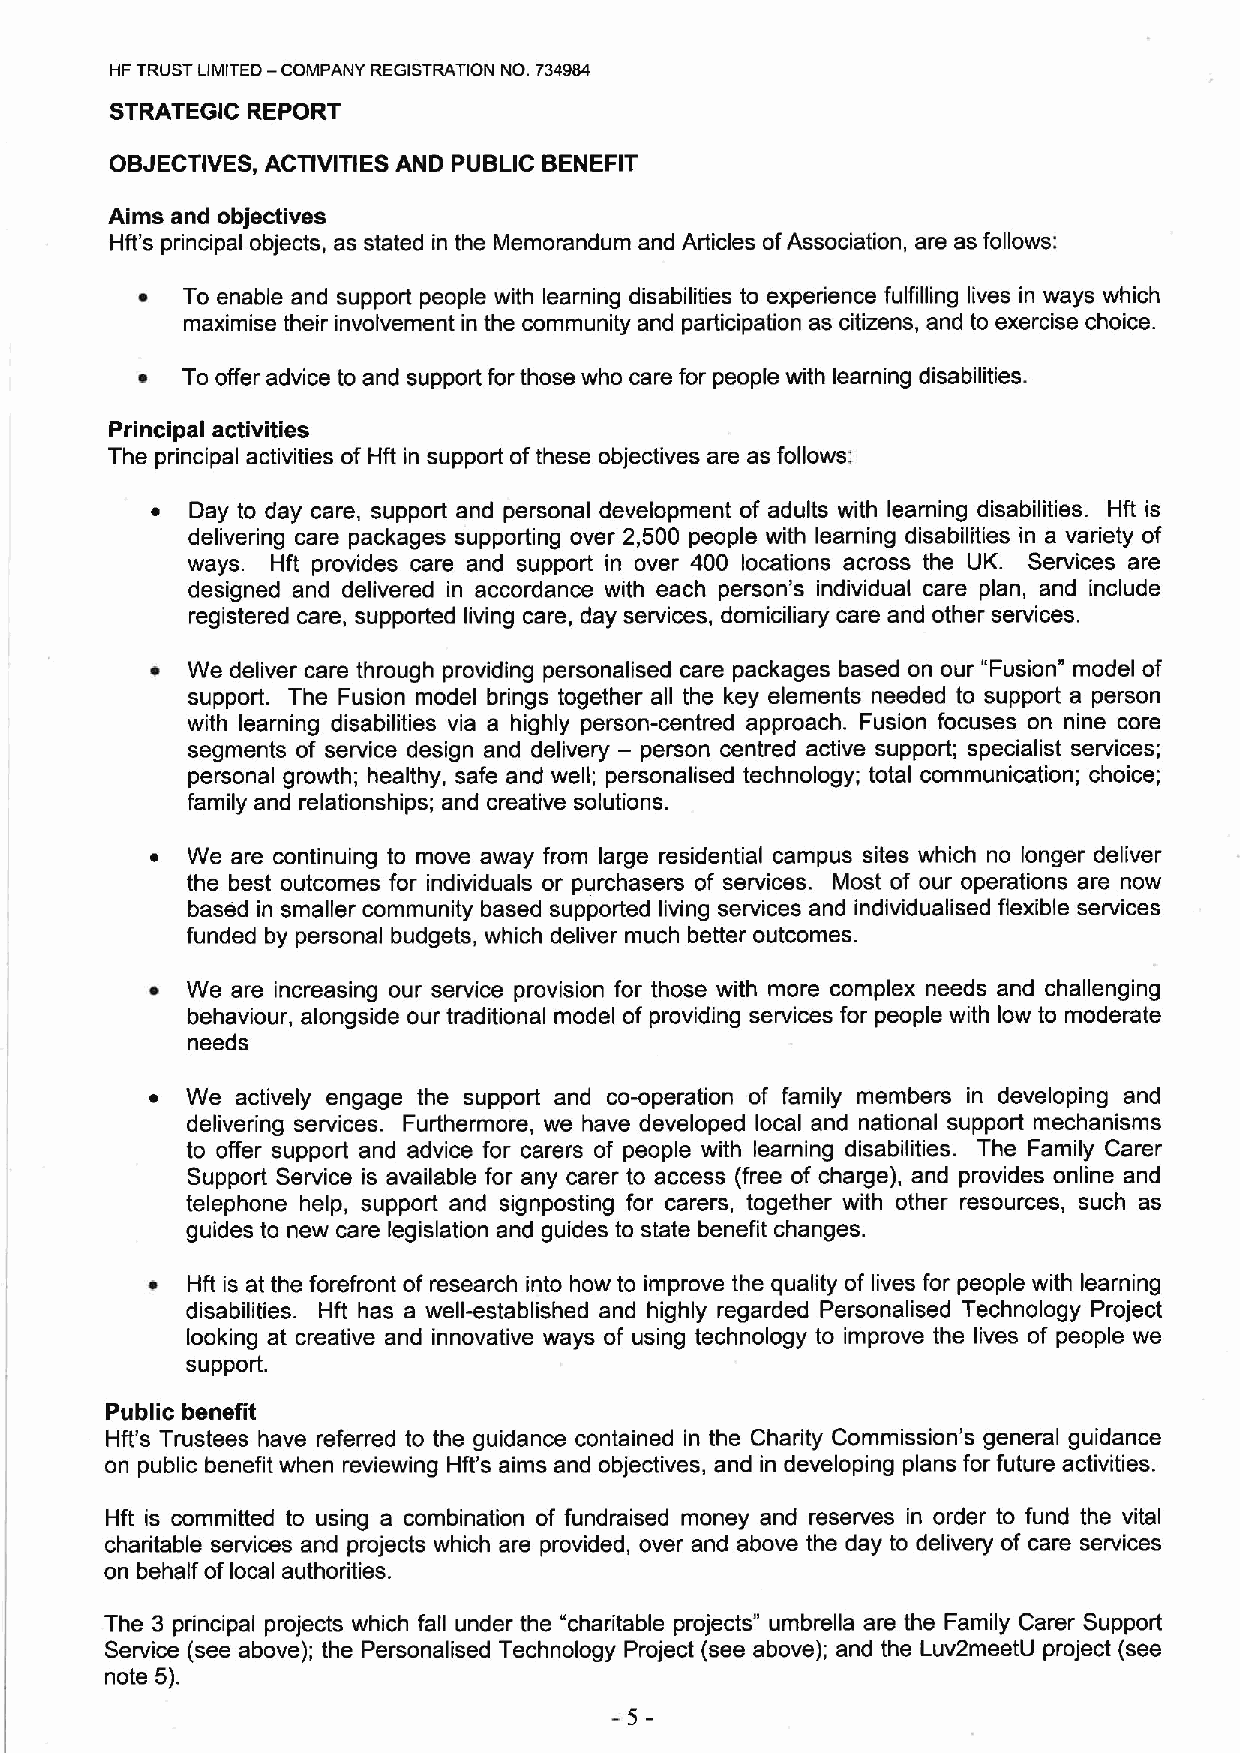
NF TRUST LIMITED —COMPANY REGISTRATION NO. 734984
 STRATEGIC REPORT
 OBJECTIVES, ACTIVITIES AND PUBLIC BENEFIT
 Aims and objectives
 Hft's principal objects, as stated in the Memorandum and Articles ofAssociation, are as follows:
 ~  To enable and support people with learning disabilities to experience fulfilling lives in ways which
 maximise their involvement in the community and participation as citizens, and to exercise choice.
 ~  To offer advice to and support for those who care for people with learning disabilities.
 Principal activities
 The principal activities of Hft in support ofthese objectives are as follows:
 ~  Day to day care, support and personal development of adults with learning disabilities. Hft is
 delivering care packages supporting over 2,500 people with learning disabilities in a variety of
 ways. Hft provides care and support in over 400 locations across the UK. Services are
 designed and delivered in accordance with each person's individual care plan, and include
 registered care, supported living care, day services, domiciliary care and other services.
 ~ We deliver care through providing personalised care packages based on our "Fusion" model of
 support. The Fusion model brings together all the key elements needed to support a person
 with learning disabilities via a highly person-centred approach. Fusion focuses on nine core
 segments of service design and delivery — person centred active support; specialist services;
 personal growth; healthy, safe and well; personalised technology; total communication; choice;
 family and relationships; and creative solutions.
 ~ We are continuing to move away from large residential campus sites which no longer deliver
 the best outcomes for individuals or purchasers of services. Most of our operations are now
 based in smaller community based supported living services and individualised flexible services
 funded by personal budgets, which deliver much better outcomes.
 ~ We are increasing our service provision for those with more complex needs and challenging
 behaviour, alongside our traditional model of providing services for people with low to moderate
 needs
 ~ We  actively engage the support and co-operation of family members in developing and
 delivering services. Furthermore, we have developed local and national support mechanisms
 to offer support and advice for carers of people with learning disabilities. The Family Carer
 Support Service is available for any carer to access (free of charge), and provides online and
 telephone help, support and signposting for carers, together with other resources, such as
 guides to new care legislation and guides to state benefit changes.
 4 Hft is at the forefront of research into how to improve the quality of lives for people with learning
 disabilities. Hft has a well-established and highly regarded Personalised Technology Project
 looking at creative and innovative ways of using technology to improve the lives of people we
 support.
 Public benefit
 Hft's Trustees have referred to the guidance contained in the Charity Commission's general guidance
 on public benefit when reviewing Hft's aims and objectives, and in developing plans for future activities.
 Hft is committed to using a combination of fundraised money and reserves in order to fund the vital
 charitable services and projects which are provided, over and above the day to delivery of care services
 on behalf of local authorities.
 The 3 principal projects which fall under the "charitable projects" umbrella are the Family Carer Support
 Service (see above); the Personalised Technology Project (see above); and the Luv2meetU project (see
 note 5).